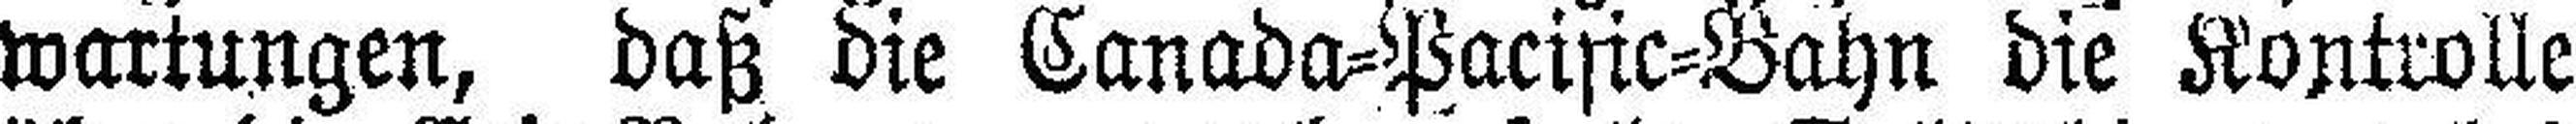
wartungen, daß die Canada=Pacific=Bahn die Kontrolle